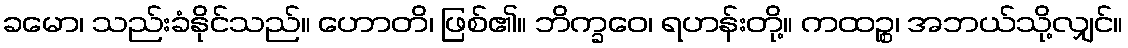
ခမော၊ သည်းခံနိုင်သည်။ ဟောတိ၊ ဖြစ်၏။ ဘိက္ခဝေ၊ ရဟန်းတို့။ ကထဉ္စ၊ အဘယ်သို့လျှင်။